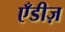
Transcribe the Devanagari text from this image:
एँडीज़